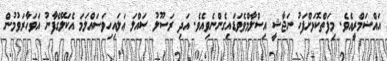
އައްޟަމްރީއެވެ. މިފަތްކޮޅަށްފަހު ނަޖާޝީ އިސްލާމްވެވަޑައިގެންނެވިއެވެ. އަދި ރަސޫލު ޞައްލަ ޢަލައިހިވަސައްލަމަ އެކަލޭގެފާނު އަވަހާރަވުމުން